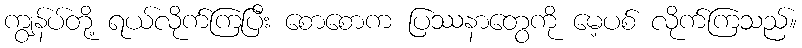
ကျွန်ပ်တို့ ရယ်လိုက်ကြပြီး စောစောက ပြဿနာတွေကို မေ့ပစ် လိုက်ကြသည်။